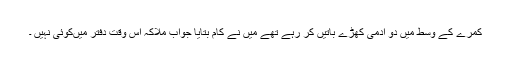
کمرے کے وسط میں دو آدمی کھڑے باتیں کر رہے تھے میں نے کام بتایا جواب ملاکہ اس وقت دفتر میںکوئی نہیں ۔